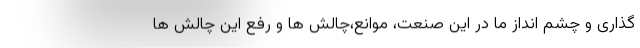
گذاری و چشم انداز ما در این صنعت، موانع،‌چالش ها و رفع این چالش ها